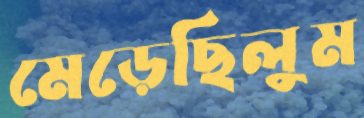
মেড়েছিলুম